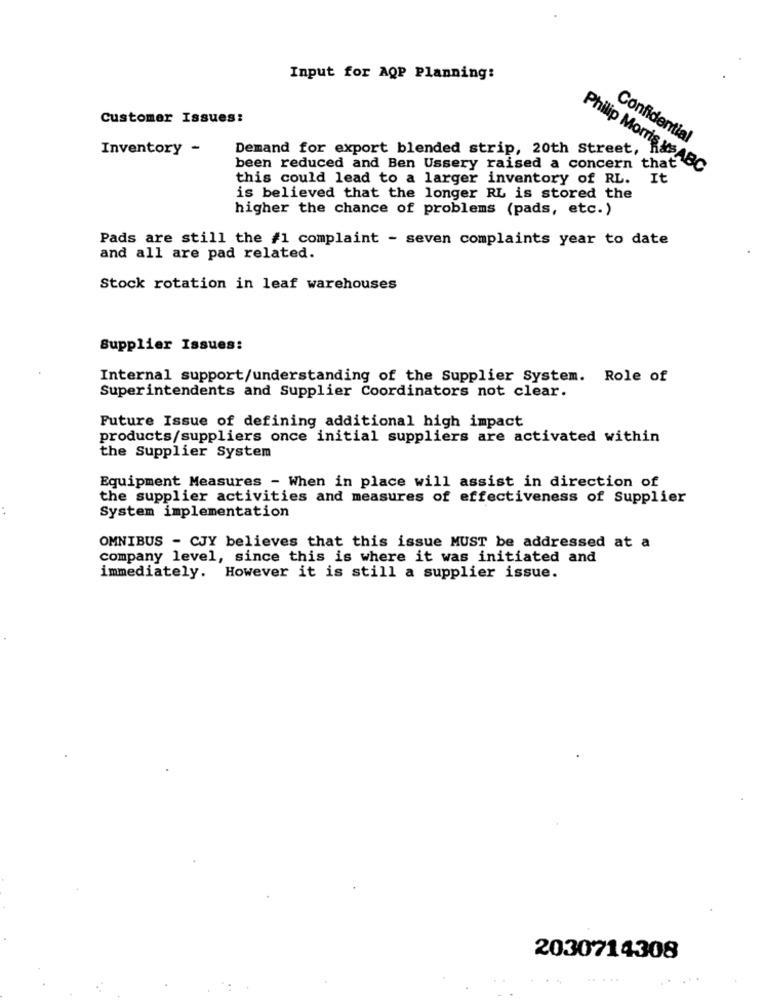
Input for AQP Planning:
Customer Issues:
Confidential
Inventory -
Demand for export blended strip, 20th Street,
been reduced and Ben Ussery raised a concern that
Philip Morris ve ABC
this could lead to a larger inventory of RL.
It
is believed that the longer RL is stored the
higher the chance of problems (pads, etc.)
Pads are still the #1 complaint - seven complaints year to date
and all are pad related.
Stock rotation in leaf warehouses
Supplier Issues:
Internal support/understanding of the Supplier System. Role of
Superintendents and Supplier Coordinators not clear.
Future Issue of defining additional high impact
products/suppliers once initial suppliers are activated within
the Supplier System
Equipment Measures - When in place will assist in direction of
the supplier activities and measures of effectiveness of Supplier
. .
System implementation
OMNIBUS - CJY believes that this issue MUST be addressed at a
company level, since this is where it was initiated and
immediately. However it is still a supplier issue.
2030714308
.....